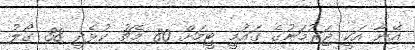
އޭނާ އަކީ ޖަރުމަނުގެ ގައުމީ ޓީމަށް 80 މެޗު ކުޅެދީ 38 ގޯލު